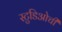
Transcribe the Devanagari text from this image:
स्टुडिओची